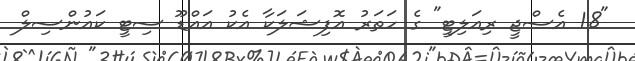
"18 އެސްޖީ ރިއަލިޓީ" ގެ ހަތަރު އޮފިޝަލަކާ އެކު އައްޑޫ ސިޓީ ކައުންސިލް